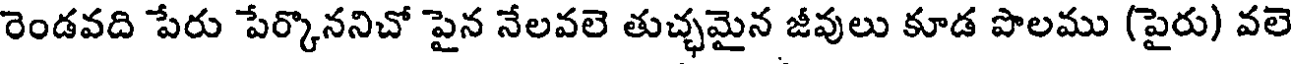
రెండవది పేరు పేర్కొననిచో పైన నేలవలె తుచ్ఛమైన జీవులు కూడ పొలము (పైరు) వలె